Insane asylums Bombay 1873-77 - 1873-1877
Year: 1873
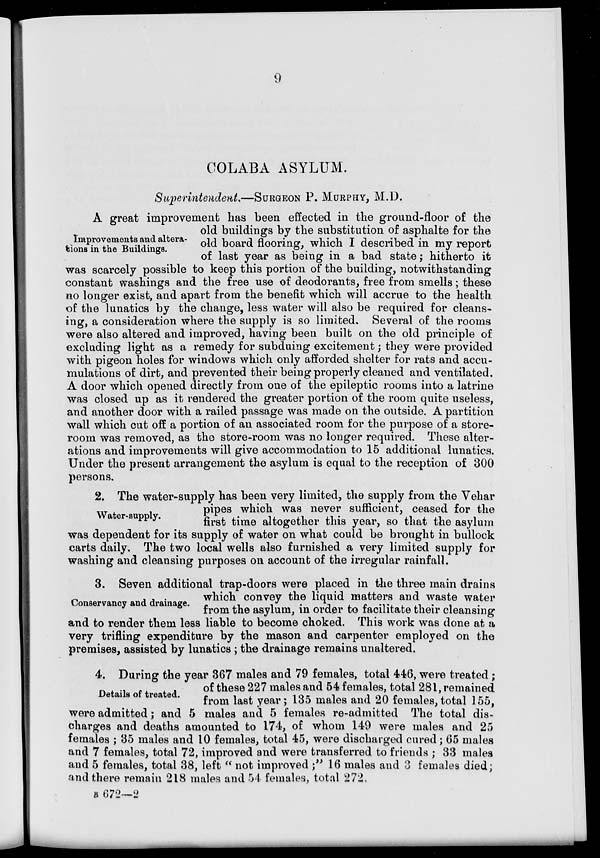
9
COLABA ASYLUM.
Superintendent.—SURGEON P. MURPHY, M.D.
Improvements and altera-
tions in the Buildings.
A great improvement has been effected in the ground-floor of the
old buildings by the substitution of asphalte for the
old board flooring, which I described in my report
of last year as being in a bad state; hitherto it
was scarcely possible to keep this portion of the building, notwithstanding
constant washings and the free use of deodorants, free from smells; these
no longer exist, and apart from the benefit which will accrue to the health
of the lunatics by the change, less water will also be required for cleans-
ing, a consideration where the supply is so limited. Several of the rooms
were also altered and improved, having been built on the old principle of
excluding light as a remedy for subduing excitement; they were provided
with pigeon holes for windows which only afforded shelter for rats and accu-
mulations of dirt, and prevented their being properly cleaned and ventilated.
A door which opened directly from one of the epileptic rooms into a latrine
was closed up as it rendered the greater portion of the room quite useless,
and another door with a railed passage was made on the outside. A partition
wall which cut off a portion of an associated room for the purpose of a store-
room was removed, as the store-room was no longer required. These alter-
ations and improvements will give accommodation to 15 additional lunatics.
Under the present arrangement the asylum is equal to the reception of 300
persons.
Water-supply.
2. The water-supply has been very limited, the supply from the Vehar
pipes which was never sufficient, ceased for the
first time altogether this year, so that the asylum
was dependent for its supply of water on what could be brought in bullock
carts daily. The two local wells also furnished a very limited supply for
washing and cleansing purposes on account of the irregular rainfall.
Conservancy and drainage.
3. Seven additional trap-doors were placed in the three main drains
which convey the liquid matters and waste water
from the asylum, in order to facilitate their cleansing
and to render them less liable to become choked. This work was done at a
very trifling expenditure by the mason and carpenter employed on the
premises, assisted by lunatics; the drainage remains unaltered.
Details of treated.
4. During the year 367 males and 79 females, total 446, were treated;
of these 227 males and 54 females, total 281, remained
from last year; 135 males and 20 females,total 155,
were admitted; and 5 males and 5 females re-admitted The total dis-
charges and deaths amounted to 174, of whom 149 were males and 25
females ; 35 males and 10 females, total 45, were discharged cured; 65 males
and 7 females, total 72, improved and were transferred to friends ; 33 males
and 5 females, total 38, left "not improved ;" 16 males and 3 females died;
and there remain 218 males and 54 females, total 272.
B 672—2